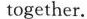
together.